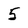
Character: 5